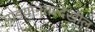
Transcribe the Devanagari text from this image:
गाडयांनंतरदेखील